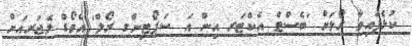
ކުޅެފައިވާ ރޯލަށް 'ބެސްޓް އެކްޓަރ އިން އަ ސަޕޯޓިންގ ރޯލް' އެވޯޑް ލެޖަރއަށް